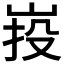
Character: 𡷠